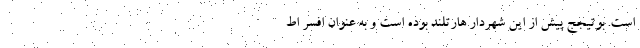
است. بوتیجج پیش از این شهردار هارتلند بوده است و به عنوان افسر اط